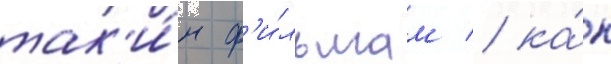
так'и́м ф'и́льмам / ка́к